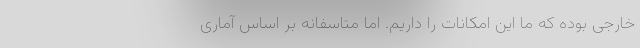
خارجی بوده که ما این امکانات را داریم. اما متاسفانه بر اساس آماری